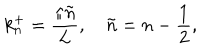
LaTeX: k _ { n } ^ { + } = \frac { \pi \tilde { n } } { L } , \quad \tilde { n } = n - \frac { 1 } { 2 } ,